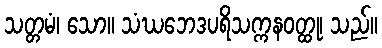
သတ္တမံ၊ သော။ သံဃဘေဒပရိသက္ကနဝတ္ထု၊ သည်။